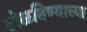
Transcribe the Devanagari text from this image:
खेळविण्याच्या